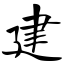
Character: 建